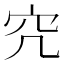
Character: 𥤤